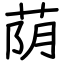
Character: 荫